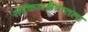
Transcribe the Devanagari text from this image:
सहकारक्षेत्रातला